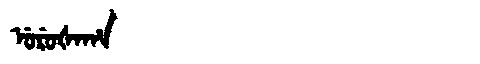
Manchu: ᡠᡵᡠᡧᠠᡥᠠ
Romanization: URUŠAHA